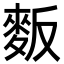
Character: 𪌆